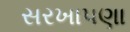
સરખાપણા